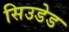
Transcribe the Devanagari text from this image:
सिउडेड